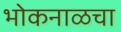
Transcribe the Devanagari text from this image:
भोकनाळचा